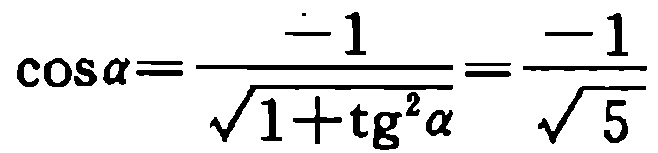
\(\cos\alpha=\frac{-1}{\sqrt{1+\mathrm{tg}^{2}\alpha}}=\frac{-1}{\sqrt{5}}\)